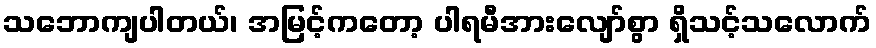
သဘောကျပါတယ်၊ အမြင့်ကတော့ ပါရမီအားလျော်စွာ ရှိသင့်သလောက်